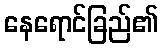
နေရောင်ခြည်၏